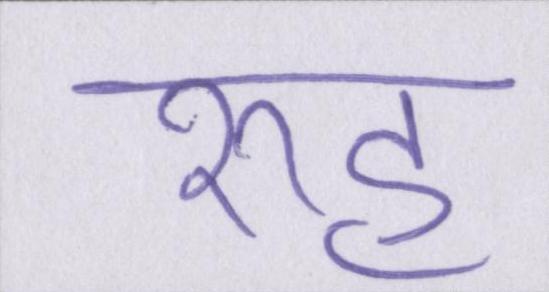
रूह